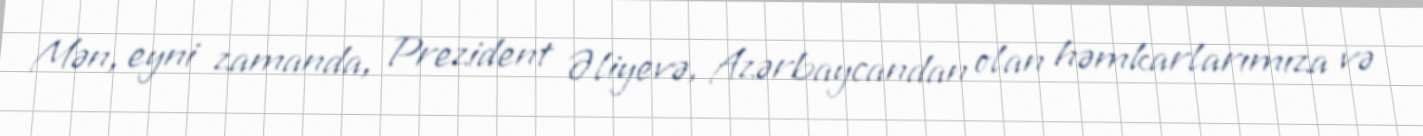
Mən, eyni zamanda, Prezident Əliyevə, Azərbaycandan olan həmkarlarımıza və